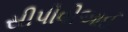
સીપીવીઆઈ